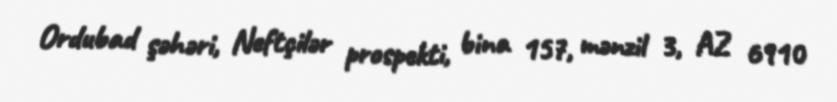
Ordubad şəhəri, Neftçilər prospekti, bina 157, mənzil 3, AZ 6910